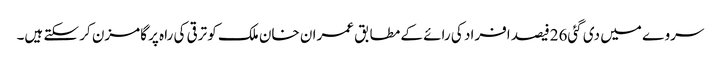
سروے میں دی گئی26فیصد افراد کی رائے کے مطابق عمران خان ملک کو ترقی کی راہ پر گامزن کر سکتے ہیں۔